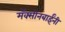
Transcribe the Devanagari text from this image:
मॅक्सीनबाईंनी